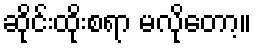
ဆိုင်းထိုးစရာ မလိုတော့။